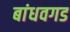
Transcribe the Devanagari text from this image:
बांधवगड